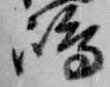
嶋